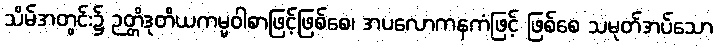
သိမ်အတွင်း၌ ဉတ္တိဒုတိယကမ္မဝါစာဖြင့်ဖြစ်စေ၊ အပလောကနကံဖြင့် ဖြစ်စေ သမုတ်အပ်သော